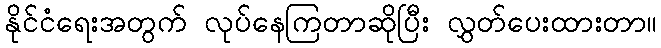
နိုင်ငံရေးအတွက် လုပ်နေကြတာဆိုပြီး လွှတ်ပေးထားတာ။